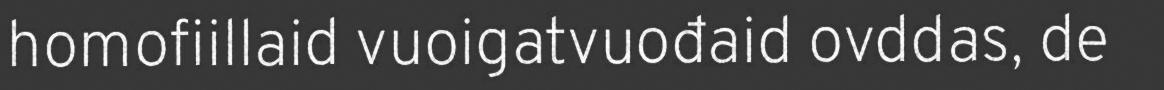
homofiillaid vuoigatvuođaid ovddas, de